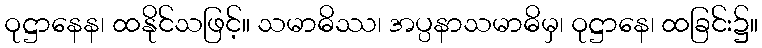
ဝုဋ္ဌာနေန၊ ထနိုင်သဖြင့်။ သမာဓိဿ၊ အပ္ပနာသမာဓိမှ၊ ဝုဋ္ဌာနေ၊ ထခြင်း၌။